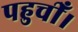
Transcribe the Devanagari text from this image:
पहुचीँ।